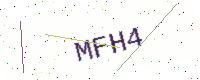
Text: MFH4